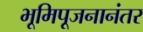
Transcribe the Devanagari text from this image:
भूमिपूजनानंतर